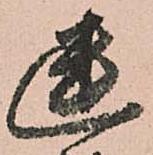
幽